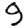
Digit: 9